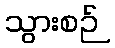
သွားစဉ်